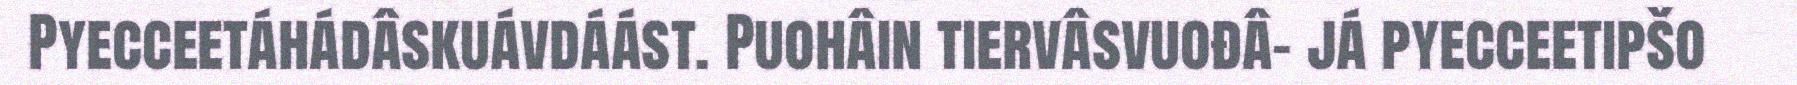
Pyecceetáhádâskuávdáást. Puohâin tiervâsvuođâ- já pyecceetipšo